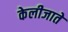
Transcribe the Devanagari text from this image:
केलीजाते